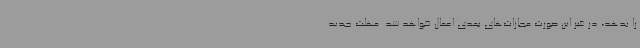
را بدهد، در غیر این صورت مجازات‌های بعدی اعمال خواهد شد. مهلت جدید